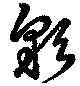
彩